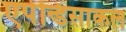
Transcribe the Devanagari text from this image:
एपेन्डिसाकल